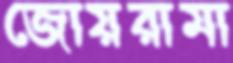
জোয়রামা